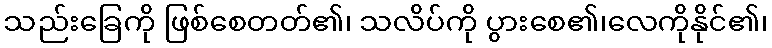
သည်းခြေကို ဖြစ်စေတတ်၏၊ သလိပ်ကို ပွားစေ၏၊လေကိုနိုင်၏၊